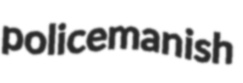
policemanish